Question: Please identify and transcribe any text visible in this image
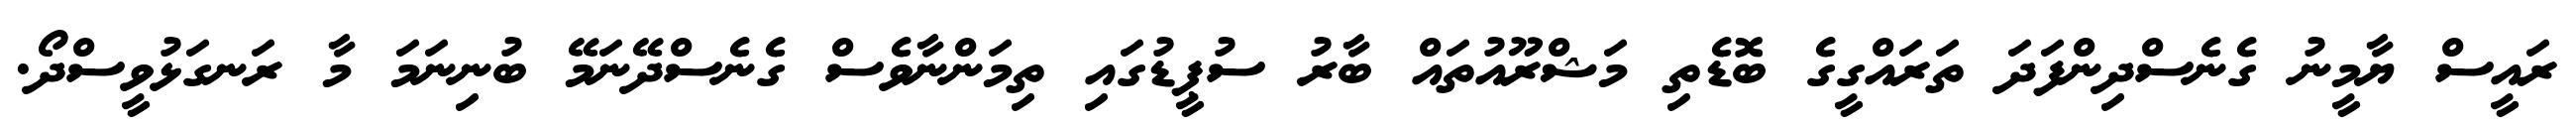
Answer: ރައީސް ޔާމީނު ގެނެސްދިންފަދަ ތަރައްގީގެ ބޮޑެތި މަޝްރޫއުތައް ބާރު ސުޕީޑުގައި ތިމަންނާވެސް ގެނެސްދޭނަމޭ ބުނިނަމަ މާ ރަނގަޅުވީސްދޯ.